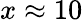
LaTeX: x\approx 10